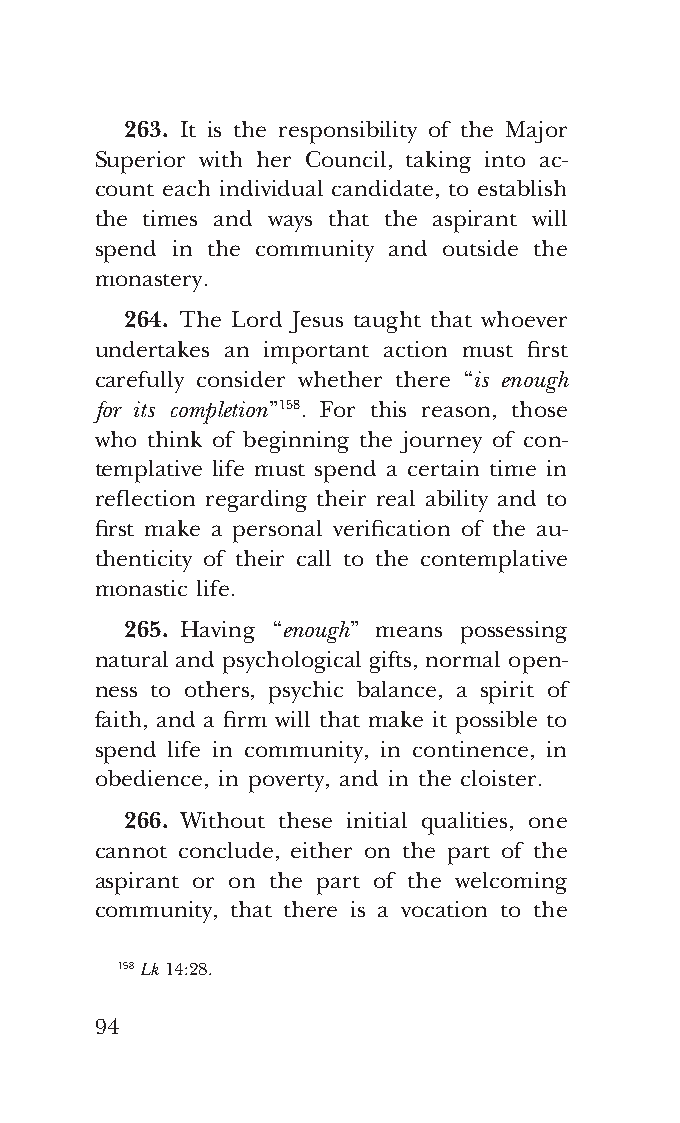
COR ORANS – NUOVO FORMATO – INGLESE 2ª BOZZA – 24 maggio 2018 – 11:12
 263. It is the responsibility of the Major
 Superior with her Council, taking into ac-
 count each individual candidate, to establish
 the times and ways that the aspirant will
 spend in the community and outside the
 monastery.
 264. The Lord Jesus taught that whoever
 undertakes an important action must first
 carefully consider whether there “is enough
 for its completion” 158. For this reason, those
 who think of beginning the journey of con-
 templative life must spend a certain time in
 reflection regarding their real ability and to
 first make a personal verification of the au-
 thenticity of their call to the contemplative
 monastic life.
 265. Having “enough” means possessing
 natural and psychological gifts, normal open-
 ness to others, psychic balance, a spirit of
 faith, and a firm will that make it possible to
 spend life in community, in continence, in
 obedience, in poverty, and in the cloister.
 266. Without these initial qualities, one
 cannot conclude, either on the part of the
 aspirant or on the part of the welcoming
 community, that there is a vocation to the
 158 Lk 14:28.
 94